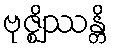
ဗုဇ္ဈိဿန္တိ